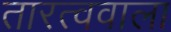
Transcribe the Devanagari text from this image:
तारत्ववाला